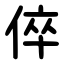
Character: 倅